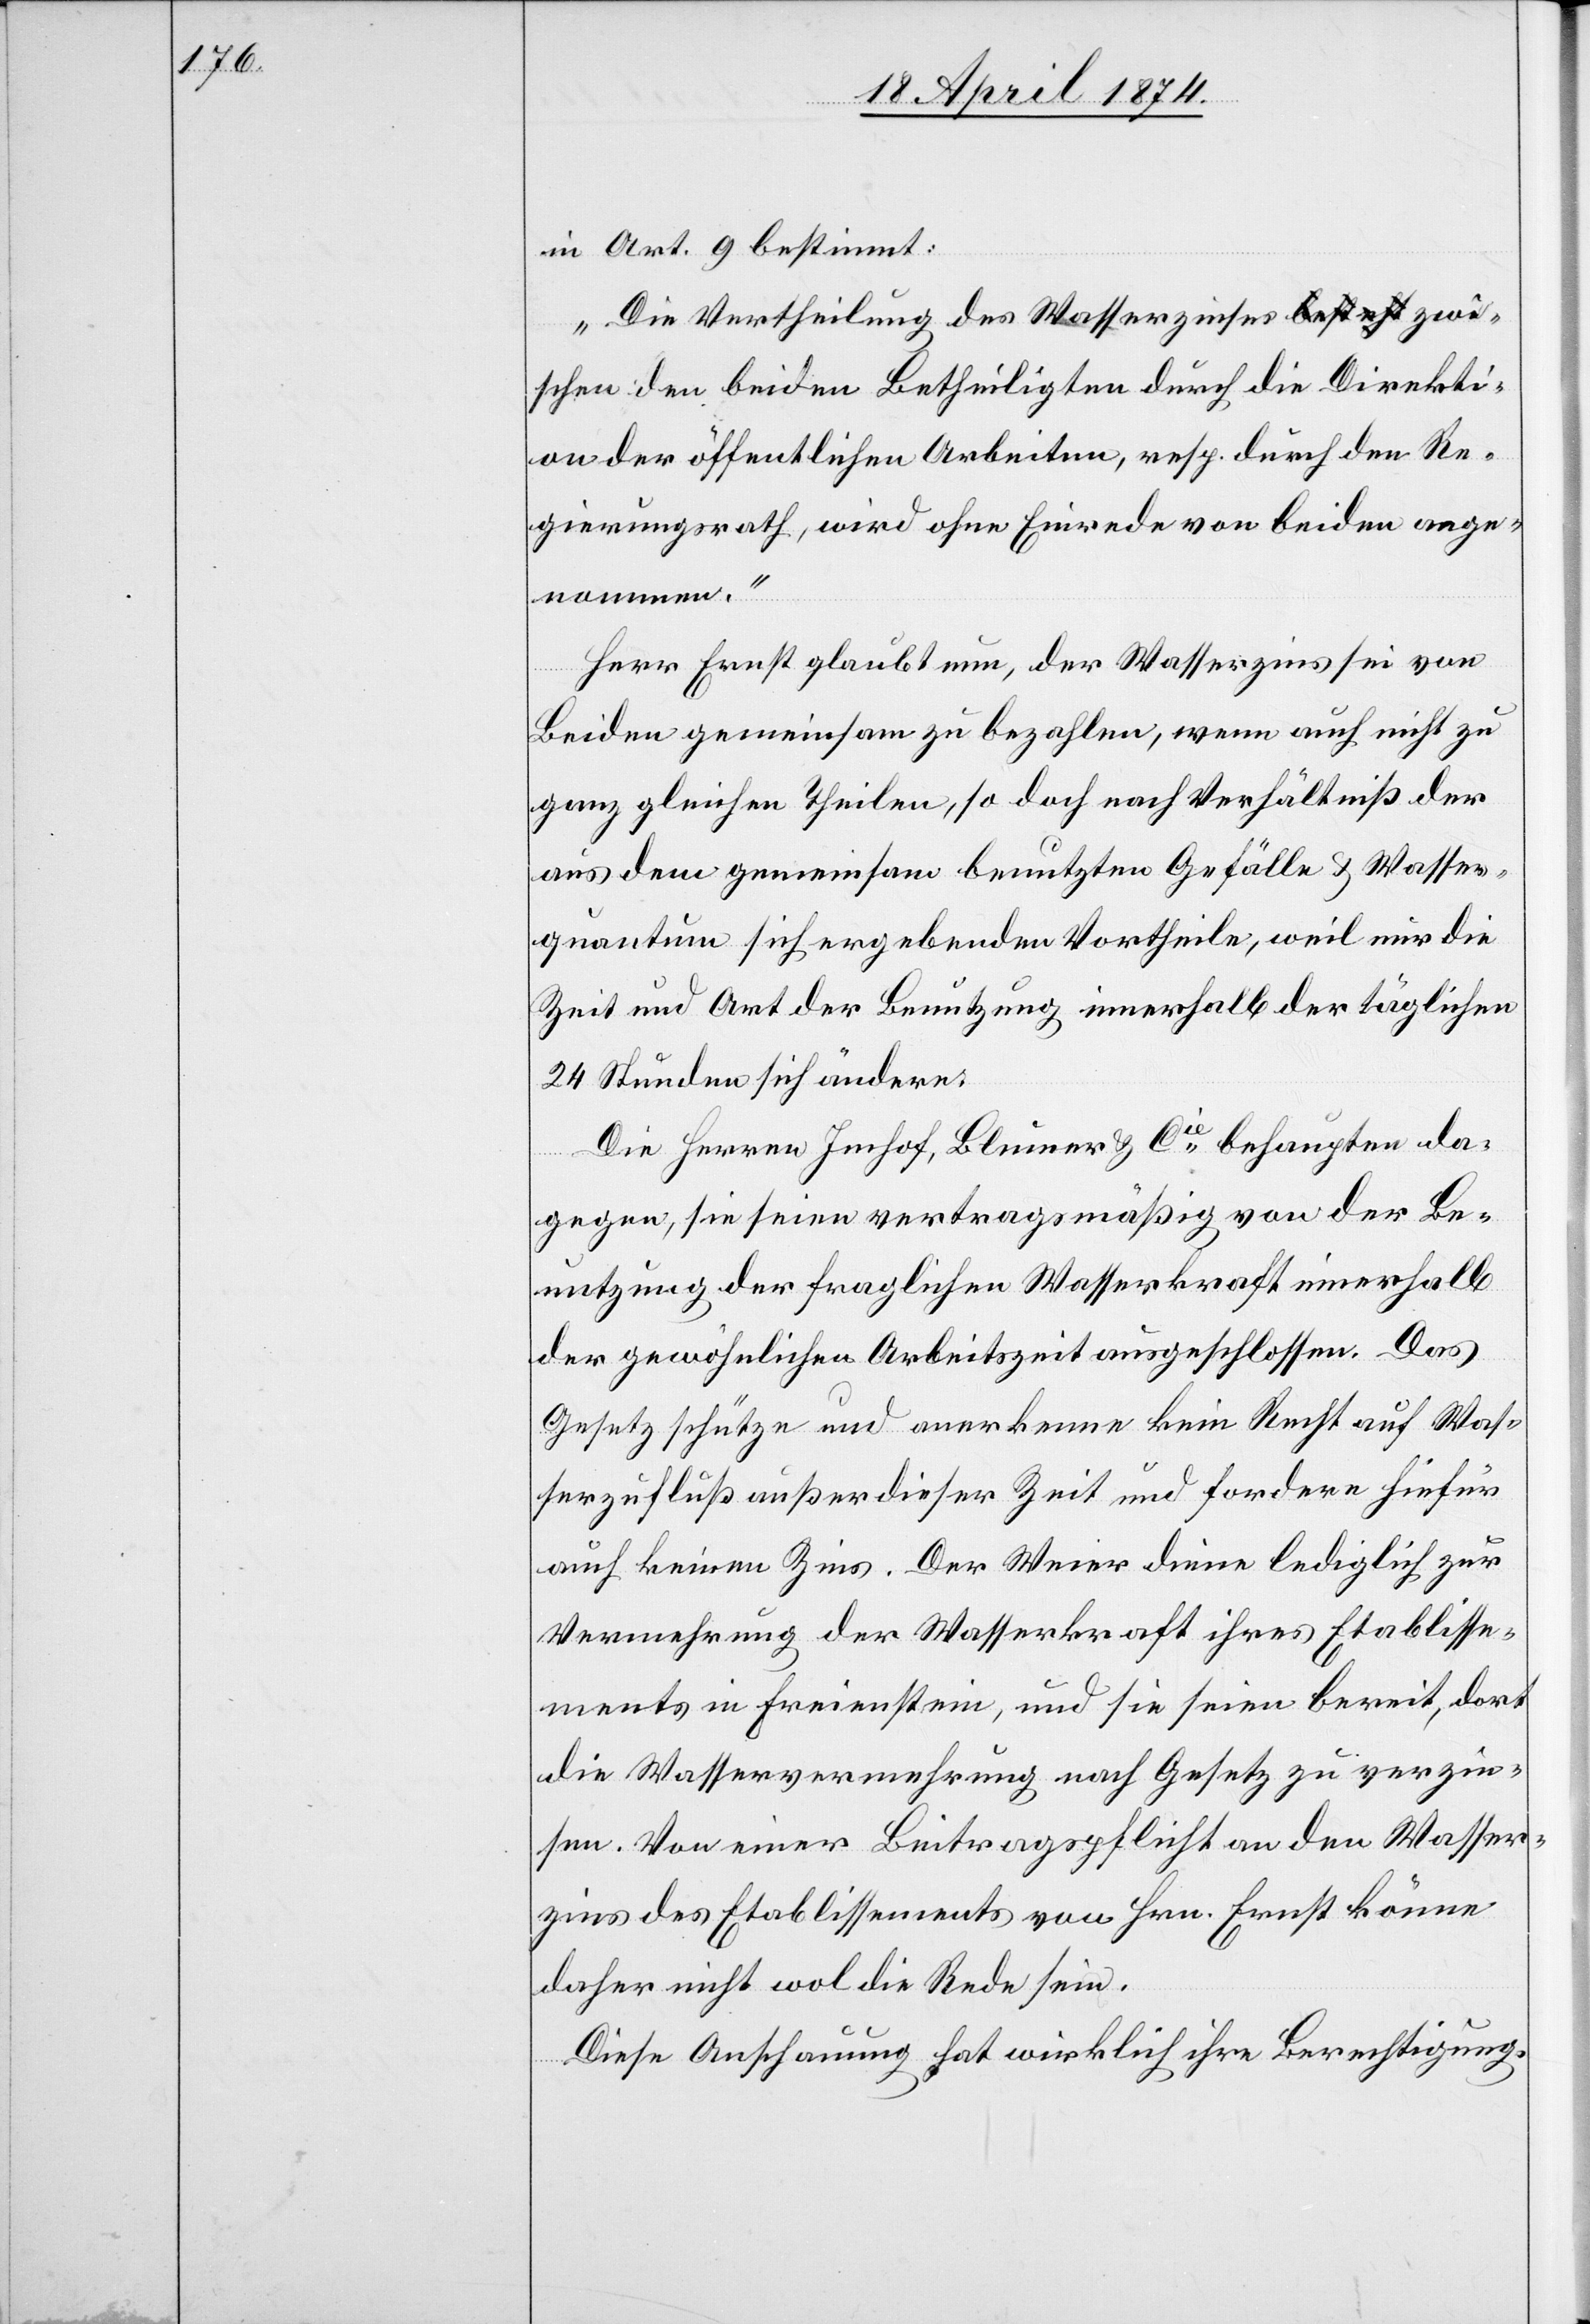
im Art. 9 bestimt:
„Die Vertheilung des Wasserzinses zwis¬
chen den beiden Betheiligten durch die Direkti¬
on der öffentlichen Arbeiten, resp. durch den Re¬
gierungsrath, wird ohne Einrede von beiden ange¬
nommen.“
Herr Ernst glaubt nun, der Wasserzins sei von
Beiden gemeinsam zu bezahlen, wenn auch nicht zu
ganz gleichen Theilen, so doch nach Verhältniß der
aus dem gemeinsam benutzten Gefälle u. Wasser¬
quantum sich ergebenden Vortheile, weil nur die
Zeit und Art der Benutzung innerhalb der täglichen
24 Stunden sich ändern.
Die Herren Imhof, Blumer u. Cie behaupten da¬
gegen, sie seien vertragsmäßig von der Be¬
nutzung der fraglichen Wasserkraft innerhalb
der gewöhnlichen Arbeitszeit ausgeschlossen. Das
Gesetz schütze und anerkenne kein Recht auf Was¬
serzufluß außer dieser Zeit und fordere hiefür
auch keinen Zins. Der Weier diene lediglich zur
Vermehrung der Wasserkraft ihres Etablisse¬
ments in Freienstein, und sie seien bereit, dort
die Wasservermehrung nach Gesetz zu verzin¬
sen. Von einer Beitragspflicht an den Wasser¬
zins des Etablissements von Hrn. Ernst könne
daher nicht wol die Rede sein.
Diese Anschauung hat wirklich ihre Berechtigung.